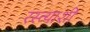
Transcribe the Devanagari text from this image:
रस्त्याशी